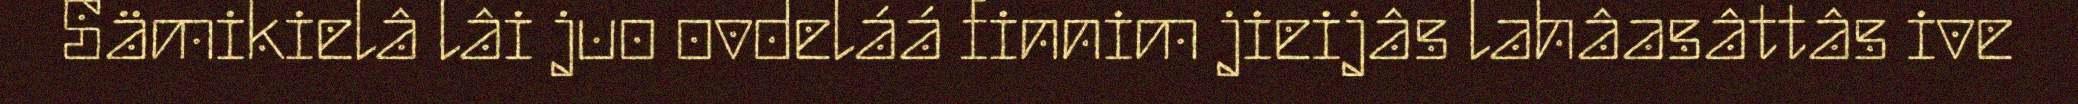
Sämikielâ lâi juo ovdeláá finnim jieijâs lahâasâttâs ive